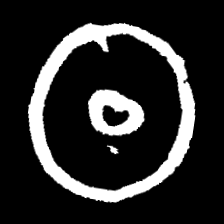
Pyu character \u2014 Myanmar letter: ထ (romanized: tha)